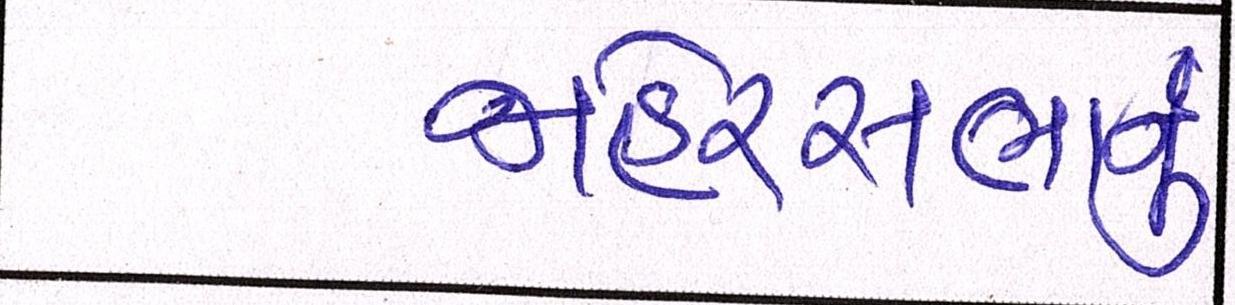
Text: જાહેરસભાનું